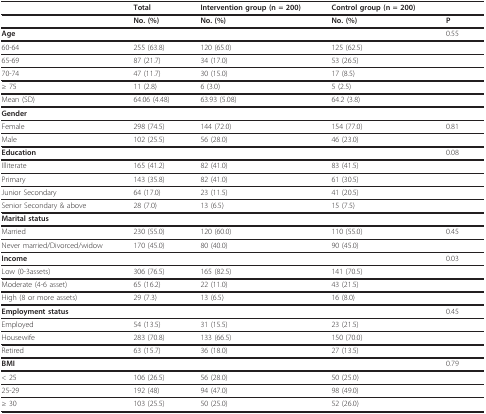
<table><thead><tr><td></td><td><b>Total</b></td><td><b>Intervention group (n = 200)</b></td><td><b>Control group (n = 200)</b></td><td></td></tr></thead><tbody><tr><td></td><td><b>No. (%)</b></td><td><b>No. (%)</b></td><td><b>No. (%)</b></td><td><b>P</b></td></tr><tr><td><b>Age</b></td><td></td><td></td><td></td><td>0.55</td></tr><tr><td>60-64</td><td>255 (63.8)</td><td>120 (65.0)</td><td>125 (62.5)</td><td></td></tr><tr><td>65-69</td><td>87 (21.7)</td><td>34 (17.0)</td><td>53 (26.5)</td><td></td></tr><tr><td>70-74</td><td>47 (11.7)</td><td>30 (15.0)</td><td>17 (8.5)</td><td></td></tr><tr><td>≥ 75</td><td>11 (2.8)</td><td>6 (3.0)</td><td>5 (2.5)</td><td></td></tr><tr><td>Mean (SD)</td><td>64.06 (4.48)</td><td>63.93 (5.08)</td><td>64.2 (3.8)</td><td></td></tr><tr><td><b>Gender</b></td><td></td><td></td><td></td><td></td></tr><tr><td>Female</td><td>298 (74.5)</td><td>144 (72.0)</td><td>154 (77.0)</td><td>0.81</td></tr><tr><td>Male</td><td>102 (25.5)</td><td>56 (28.0)</td><td>46 (23.0)</td><td></td></tr><tr><td><b>Education</b></td><td></td><td></td><td></td><td>0.08</td></tr><tr><td>Illiterate</td><td>165 (41.2)</td><td>82 (41.0)</td><td>83 (41.5)</td><td></td></tr><tr><td>Primary</td><td>143 (35.8)</td><td>82 (41.0)</td><td>61 (30.5)</td><td></td></tr><tr><td>Junior Secondary</td><td>64 (17.0)</td><td>23 (11.5)</td><td>41 (20.5)</td><td></td></tr><tr><td>Senior Secondary &amp; above</td><td>28 (7.0)</td><td>13 (6.5)</td><td>15 (7.5)</td><td></td></tr><tr><td><b>Marital status</b></td><td></td><td></td><td></td><td></td></tr><tr><td>Married</td><td>230 (55.0)</td><td>120 (60.0)</td><td>110 (55.0)</td><td>0.45</td></tr><tr><td>Never married/Divorced/widow</td><td>170 (45.0)</td><td>80 (40.0)</td><td>90 (45.0)</td><td></td></tr><tr><td><b>Income</b></td><td></td><td></td><td></td><td>0.03</td></tr><tr><td>Low (0-3assets)</td><td>306 (76.5)</td><td>165 (82.5)</td><td>141 (70.5)</td><td></td></tr><tr><td>Moderate (4-6 asset)</td><td>65 (16.2)</td><td>22 (11.0)</td><td>43 (21.5)</td><td></td></tr><tr><td>High (8 or more assets)</td><td>29 (7.3)</td><td>13 (6.5)</td><td>16 (8.0)</td><td></td></tr><tr><td><b>Employment status</b></td><td></td><td></td><td></td><td>0.45</td></tr><tr><td>Employed</td><td>54 (13.5)</td><td>31 (15.5)</td><td>23 (21.5)</td><td></td></tr><tr><td>Housewife</td><td>283 (70.8)</td><td>133 (66.5)</td><td>150 (70.0)</td><td></td></tr><tr><td>Retired</td><td>63 (15.7)</td><td>36 (18.0)</td><td>27 (13.5)</td><td></td></tr><tr><td><b>BMI</b></td><td></td><td></td><td></td><td>0.79</td></tr><tr><td>&lt; 25</td><td>106 (26.5)</td><td>56 (28.0)</td><td>50 (25.0)</td><td></td></tr><tr><td>25-29</td><td>192 (48)</td><td>94 (47.0)</td><td>98 (49.0)</td><td></td></tr><tr><td>≥ 30</td><td>103 (25.5)</td><td>50 (25.0)</td><td>52 (26.0)</td><td></td></tr></tbody></table>